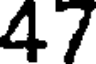
47